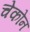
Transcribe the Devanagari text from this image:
चेकोन